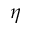
\eta